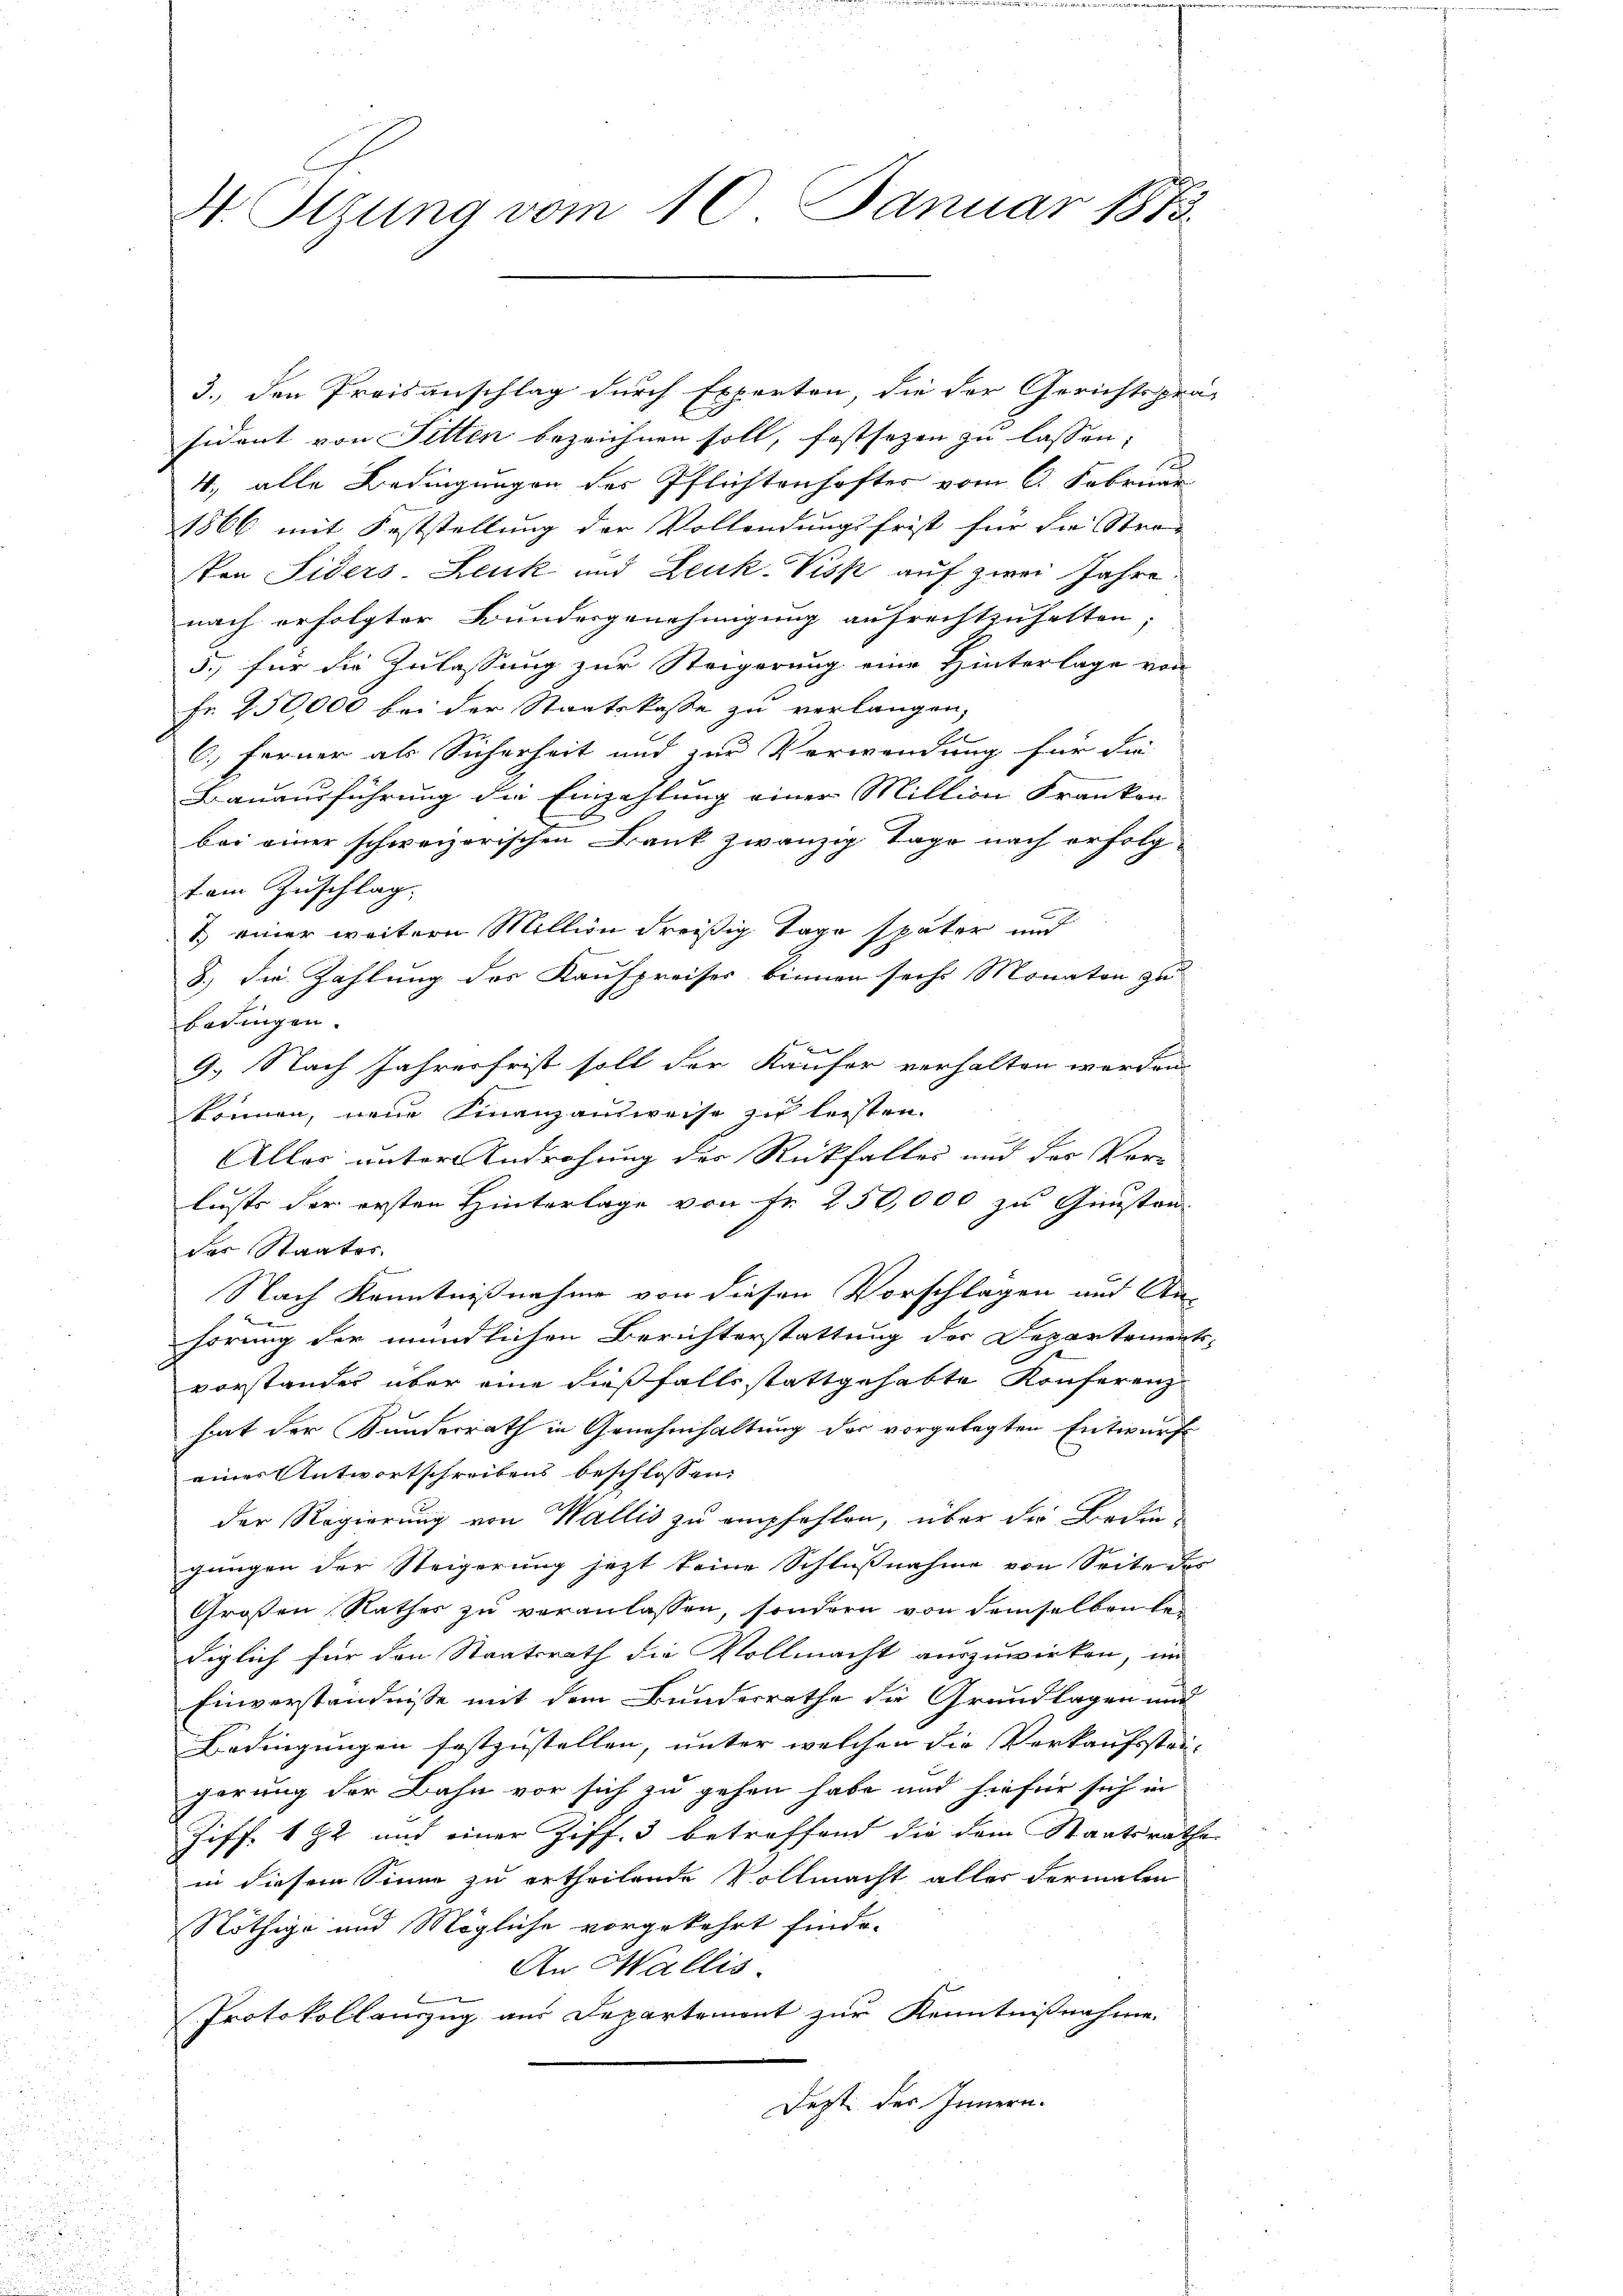
H. Sitzung vom 10. Januar 1873.

3., den Preisanschlag durch Experten, die der Gerichtsprä-
sident von Sitten bezeichnen soll, festsezen zu lassen:
4., alle Bedingungen der Pflichtenhaftes vom 6. Februar
1866 mit Feststellung der Vollendungsfrist für die Stra-
Von Siders-Leuk und Leuk-Visk auf zwei Jahre
nach erfolgter Bundesgenehmigung aufrechtzuhalten,
5.) für die Zulassung zur Steigerung eine Hinterlage von
Fr. 250,000 bei der Staatskasse zu verlangen,
2
u
6. Ferner als Sicherheit und zur Verwendung für die
Bauausführung die Einzahlung einer Million Frankon
bei einer schweizerischen Bank zwanzig Tage nach erfolg-
tem Zuschlag.
1 einer weitere Million dreißig Tage später und
8.) Die Zahlung des Kaufpreises binnen sechs Monaten zu
bedingen.
9.) Nach Jahresfrist soll der Käufer verhalten worden.
können, neue Finanzausweise zu leisten.
Alles unter Androhung der Rückfaller und der Vor-
lusts der ersten Hinterlage von Fr. 250,000 zu Gunsten
des Staates.
Nach Kenntnißnahme von diesen Vorschlagen und An-
2
hörung der mündlichen Berichterstattung des Departements-
d
vorstander über eine dießfalls stattgehabte Konferenz
hat der Kunderrath in Genehmhaltung des vorgelegten Entwurf
einer Antwortschreibens beschlossen:
der Regierung von Wallis zu empfohlen, über die Bedingungen der Steigerung jezt keine Schlußnahme von Seite des
Großen Rathes zu veranlassen, sondern von demselben lediglich für den Staatsrath die Vollmacht auszuwirken, im
Einverständnisse mit dem Bundesrathe die Grundlagen und
Bedingungen festzustellen, unter welchen die Verkaufsstan- |
gerung der Bahn vor sich zu gehen habe und hiefür sich in
Ziff. 172 und einer Ziff. 3 betreffend die dem Staatsrathe
in diesem Sinne zu ertheilende Vollmacht aller dermalen
Nöthige und Mögliche vorgekehrt finde.
An Wallis.
Protokollauszug aus Departement zur Kenntnißnahme.
Dezt des Innern.